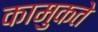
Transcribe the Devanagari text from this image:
कामुकते